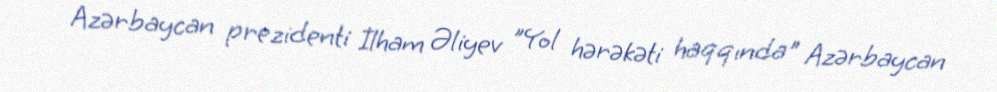
Azərbaycan prezidenti İlham Əliyev "Yol hərəkəti haqqında" Azərbaycan